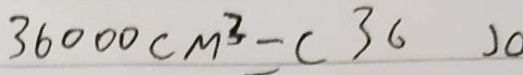
3 6 0 0 0 c m ^ { 3 } = ( 3 6 )